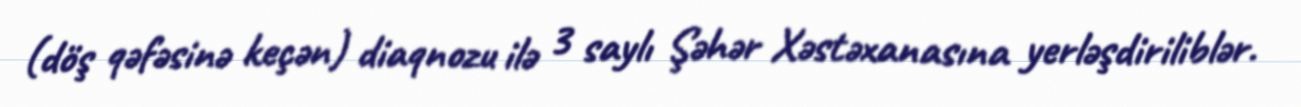
(döş qəfəsinə keçən) diaqnozu ilə 3 saylı Şəhər Xəstəxanasına yerləşdiriliblər.